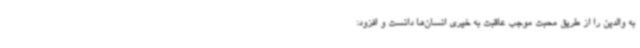
به والدین را از طریق محبت موجب عاقبت به خیری انسان‌ها دانست و افزود: